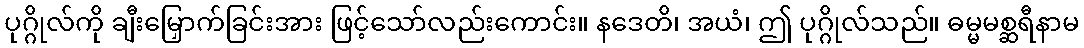
ပုဂ္ဂိုလ်ကို ချီးမြှောက်ခြင်းအား ဖြင့်သော်လည်းကောင်း။ နဒေတိ၊ အယံ၊ ဤ ပုဂ္ဂိုလ်သည်။ ဓမ္မမစ္ဆရီနာမ